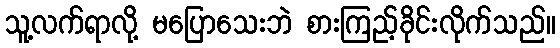
သူ့လက်ရာလို့ မပြောသေးဘဲ စားကြည့်ခိုင်းလိုက်သည်။